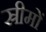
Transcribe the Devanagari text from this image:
स्रीमों